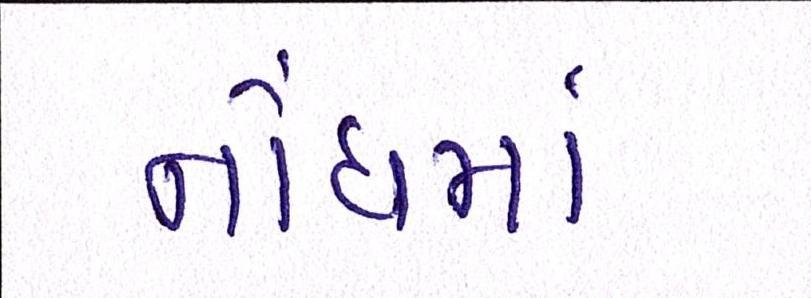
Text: નોંધમાં